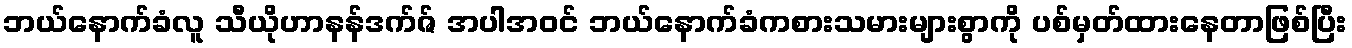
ဘယ်နောက်ခံလူ သီယိုဟာနန်ဒက်ဇ် အပါအဝင် ဘယ်နောက်ခံကစားသမားများစွာကို ပစ်မှတ်ထားနေတာဖြစ်ပြီး